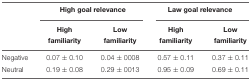
<table><thead><tr><td></td><td colspan="2"><b>High goal relevance</b></td><td colspan="2"><b>Law goal relevance</b></td></tr><tr><td></td><td><b>High</b></td><td><b>Low</b></td><td><b>High</b></td><td><b>Low</b></td></tr><tr><td></td><td><b>familiarity</b></td><td><b>familiarity</b></td><td><b>familiarity</b></td><td><b>familiarity</b></td></tr></thead><tbody><tr><td>Negative</td><td>0.07 ± 0.10</td><td>0.04 ± 0008</td><td>0.57 ± 0.11</td><td>0.37 ± 0.11</td></tr><tr><td>Neutral</td><td>0.19 ± 0.08</td><td>0.29 ± 0013</td><td>0.95 ± 0.09</td><td>0.69 ± 0.11</td></tr></tbody></table>